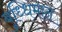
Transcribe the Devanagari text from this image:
बुध्धिमान